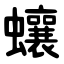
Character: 蠰